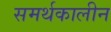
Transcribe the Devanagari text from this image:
समर्थकालीन